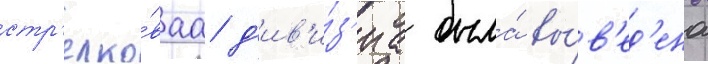
стр'елко́ваа д'ив'и́з'иа была́ вы́в'ед'ена